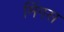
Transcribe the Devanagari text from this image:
मिंगस